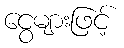
ငွေများဖြင့်